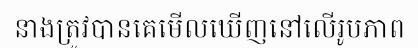
នាងត្រូវបានគេមើលឃើញនៅលើរូបភាព